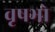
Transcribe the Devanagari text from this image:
वृषभो